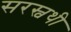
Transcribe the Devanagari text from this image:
सरस्वथी